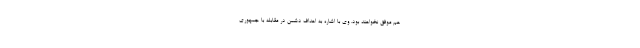
هم موفق نخواهند بود. وی با اشاره به اهداف دشمن در مقابله با جمهوری